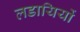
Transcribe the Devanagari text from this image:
लडायियों